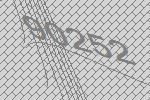
90252